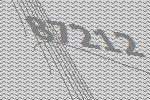
87212